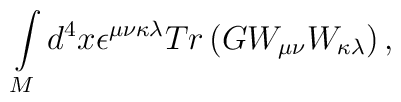
\int\limits_{M}d^{4}x\epsilon^{\mu\nu\kappa\lambda}Tr\left(  GW_{\mu\nu}W_{\kappa\lambda}\right)  ,